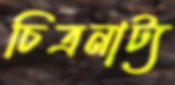
চিত্রনাট্য